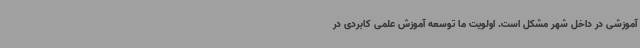
آموزشی در داخل شهر مشکل است. اولویت ما توسعه آموزش علمی کابردی در